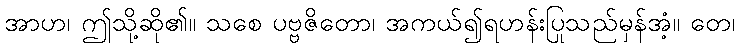
အာဟ၊ ဤသို့ဆို၏။ သစေ ပဗ္ဗဇိတော၊ အကယ်၍ရဟန်းပြုသည်မှန်အံ့။ တေ၊